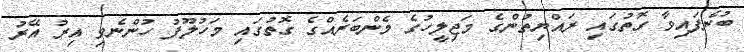
ބުނެފައިވާ ގޮތުގައި ރައްޔިތުންގެ މަޖިލީހުގެ މެންބަރެއްގެ ގޮތުގައި މަހުލޫފު ހުންނެވި އިރު އޭރު